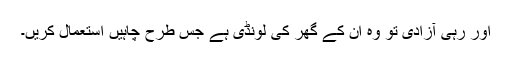
اور رہی آزادی تو وہ ان کے گھر کی لونڈی ہے جس طرح چاہیں استعمال کریں۔